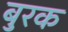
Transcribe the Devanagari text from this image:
बुरक